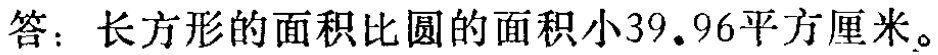
答：长方形的面积比圆的面积小39.96平方厘米。